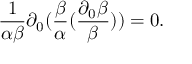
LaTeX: \frac { 1 } { \alpha \beta } \partial _ { 0 } ( \frac { \beta } { \alpha } ( \frac { \partial _ { 0 } \beta } { \beta } ) ) = 0 .